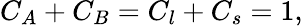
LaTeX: C_{A}+C_{B}=C_{l}+C_{s}=1,